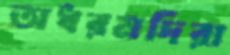
অধরমদিরা